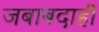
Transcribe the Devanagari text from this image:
जबाबदाही